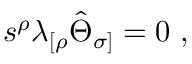
s ^ { \rho } \lambda _ { [ \rho } \hat { \Theta } _ { \sigma ] } = 0 \ ,